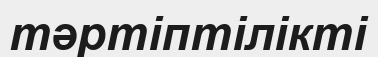
тәртіптілікті